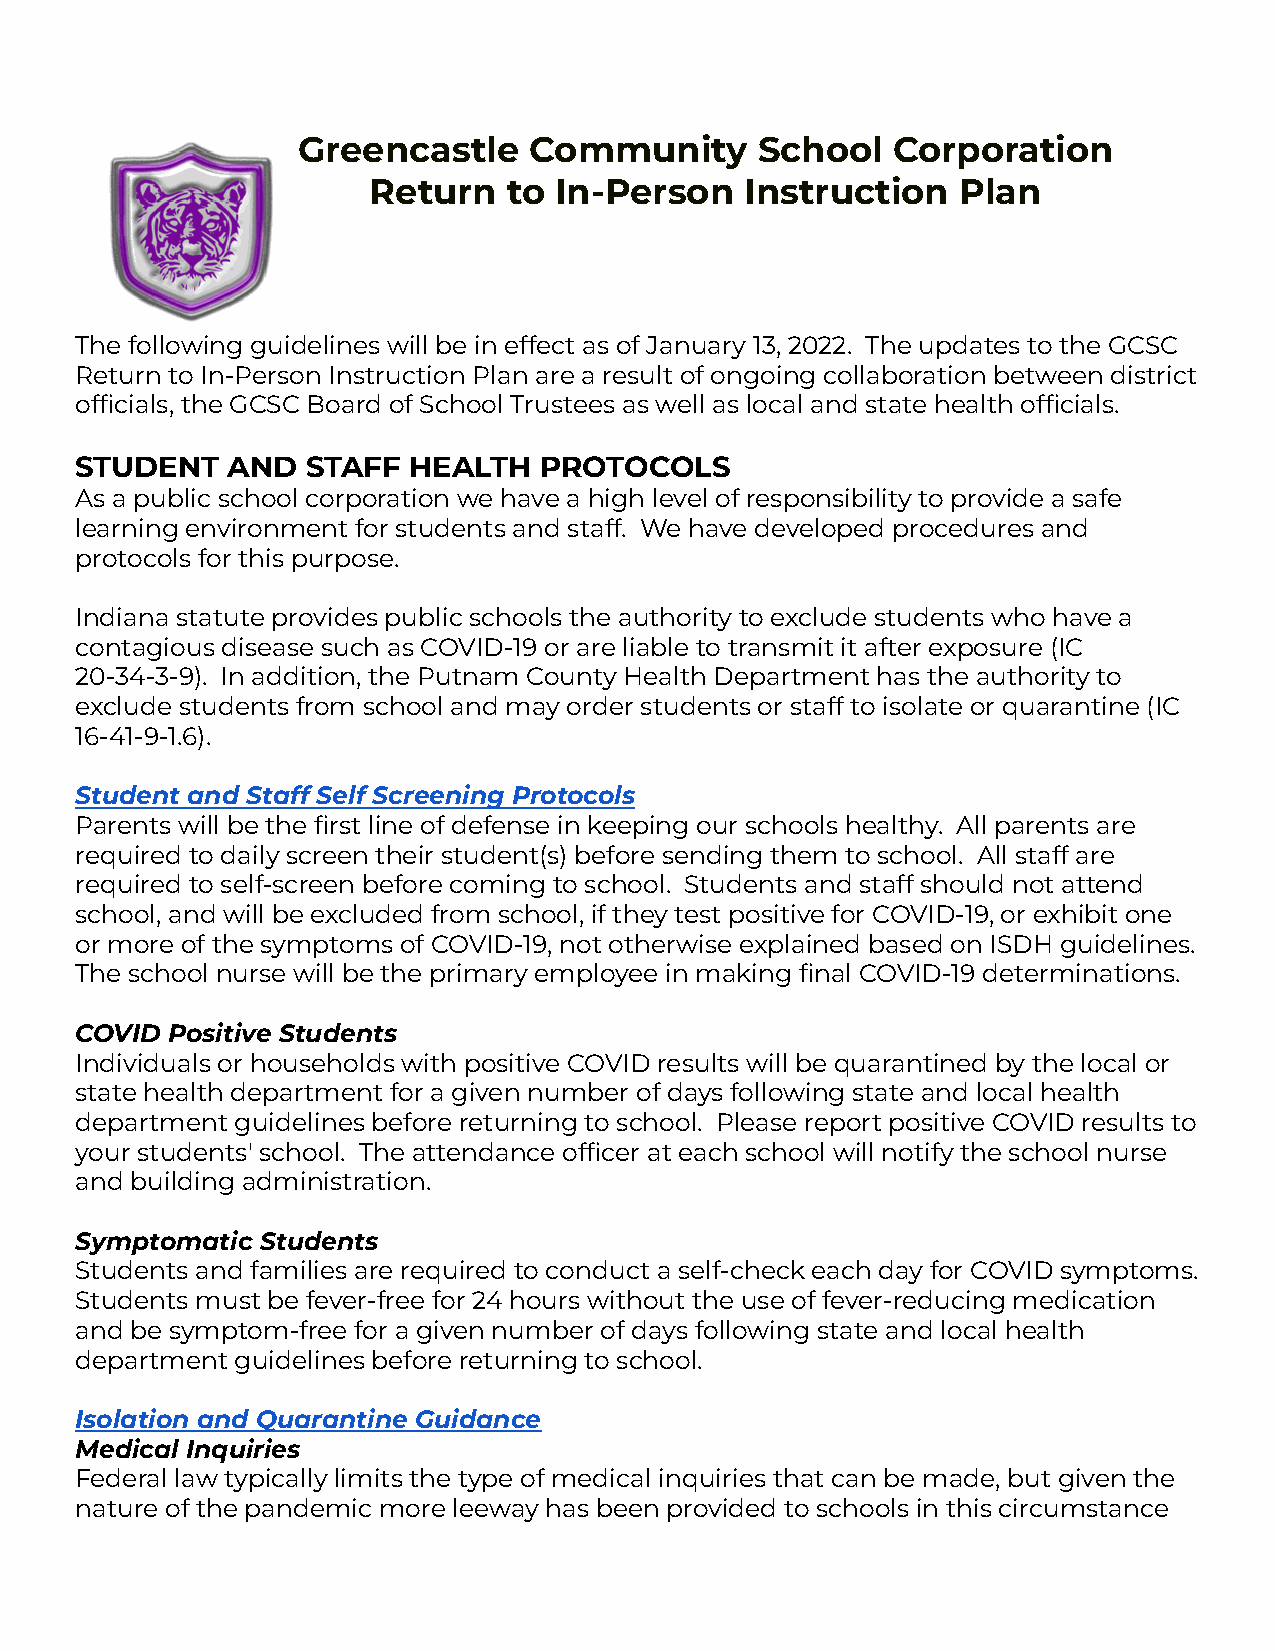
Greencastle    Community      School   Corporation
 Return    to In-Person   Instruction   Plan
 The following guidelines will be in effect as of January 13, 2022. The updates to the GCSC
 Return to In-Person Instruction Plan are a result of ongoing collaboration between district
 officials, the GCSC Board of School Trustees as well as local and state health officials.
 STUDENT   AND  STAFF  HEALTH   PROTOCOLS
 As a public school corporation we have a high level of responsibility to provide a safe
 learning environment for students and staff. We have developed procedures and
 protocols for this purpose.
 Indiana statute provides public schools the authority to exclude students who have a
 contagious disease such as COVID-19 or are liable to transmit it after exposure (IC
 20-34-3-9). In addition, the Putnam County Health Department has the authority to
 exclude students from school and may order students or staff to isolate or quarantine (IC
 16-41-9-1.6).
 Student and Staff Self Screening Protocols
 Parents will be the first line of defense in keeping our schools healthy. All parents are
 required to daily screen their student(s) before sending them to school. All staff are
 required to self-screen before coming to school. Students and staff should not attend
 school, and will be excluded from school, if they test positive for COVID-19, or exhibit one
 or more of the symptoms of COVID-19, not otherwise explained based on ISDH guidelines.
 The school nurse will be the primary employee in making final COVID-19 determinations.
 COVID Positive Students
 Individuals or households with positive COVID results will be quarantined by the local or
 state health department for a given number of days following state and local health
 department guidelines before returning to school. Please report positive COVID results to
 your students' school. The attendance officer at each school will notify the school nurse
 and building administration.
 Symptomatic Students
 Students and families are required to conduct a self-check each day for COVID symptoms.
 Students must be fever-free for 24 hours without the use of fever-reducing medication
 and be symptom-free for a given number of days following state and local health
 department guidelines before returning to school.
 Isolation and Quarantine Guidance
 Medical Inquiries
 Federal law typically limits the type of medical inquiries that can be made, but given the
 nature of the pandemic more leeway has been provided to schools in this circumstance